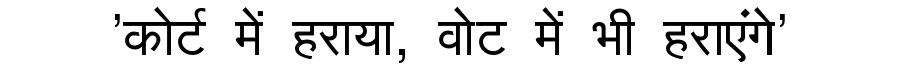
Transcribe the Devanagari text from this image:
'कोर्ट में हराया, वोट में भी हराएंगे'